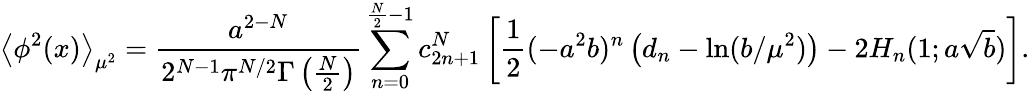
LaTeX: \left<\phi^{2}(x)\right>_{\mu^{2}}=\frac{a^{2-N}}{2^{N-1}\pi^{N/2}\Gamma\left(\frac N2\right)}\sum_{n=0}^{\frac N2-1}c_{2n+1}^{N}\left[{\frac{1}{2}}(-a^{2}b)^{n}\left(d_{n}-\ln(b/\mu^{2})\right)-2H_{n}(1;a\sqrt b)\right].